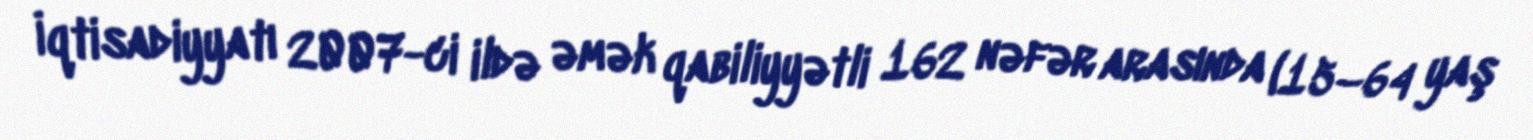
İqtisadiyyatı 2007-ci ildə əmək qabiliyyətli 162 nəfər arasında (15–64 yaş